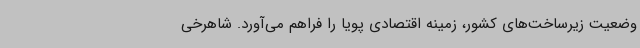
وضعیت زیرساخت‌های کشور، زمینه اقتصادی پویا را فراهم می‌آورد. شاهرخی